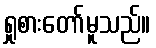
ရှုစားတော်မူသည်။